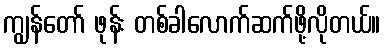
ကျွန်တော် ဖုန်း တစ်ခါလောက်ဆက်ဖို့လိုတယ်။